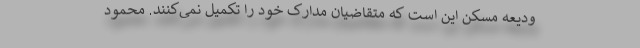
ودیعه مسکن این است که متقاضیان مدارک خود را تکمیل نمی‌کنند. محمود